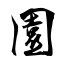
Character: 園